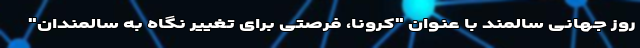
روز جهانی سالمند با عنوان "کرونا، فرصتی برای تغییر نگاه به سالمندان"